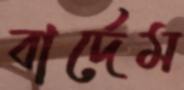
বার্দেম